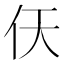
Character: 𫢋